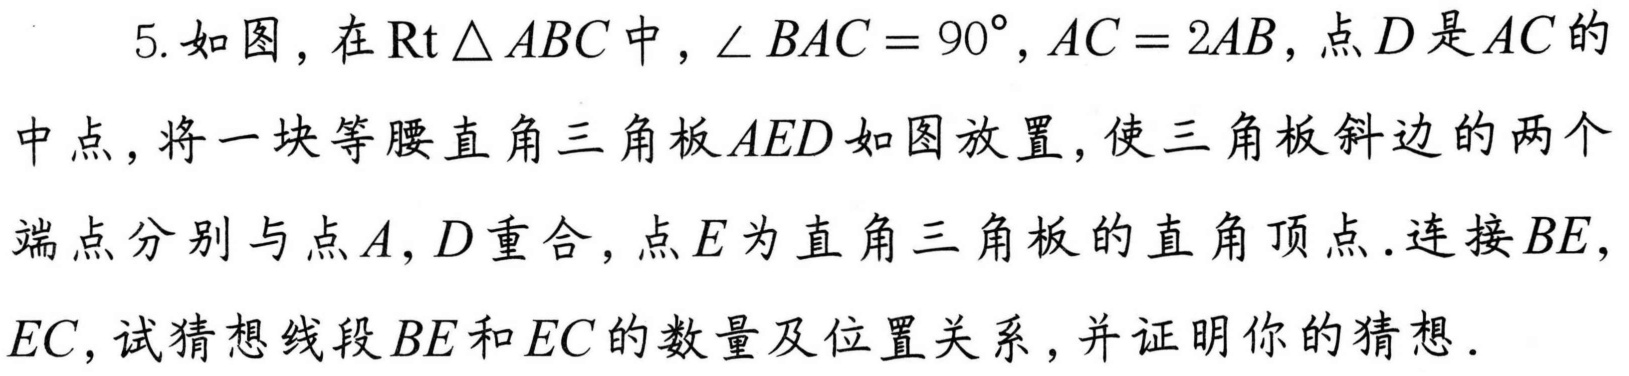
5. 如图，在\(\mathrm{Rt}\triangle ABC\)中，\(\angle BAC = 90^{\circ}\)，\(AC = 2AB\)，点\(D\)是\(AC\)的中点，将一块等腰直角三角板\(AED\)如图放置，使三角板斜边的两个端点分别与点\(A\)，\(D\)重合，点\(E\)为直角三角板的直角顶点. 连接\(BE\)，\(EC\)，试猜想线段\(BE\)和\(EC\)的数量及位置关系，并证明你的猜想.